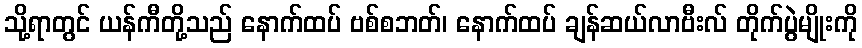
သို့ရာတွင် ယန်ကီတို့သည် နောက်ထပ် ဗစ်စဘတ်၊ နောက်ထပ် ချန်ဆယ်လာဗီးလ် တိုက်ပွဲမျိုးကို